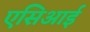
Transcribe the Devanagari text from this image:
एसिआई